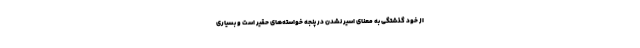
از خود گذشتگی به معنای اسیر نشدن در پنجه خواسته‌های حقیر است و بسیاری